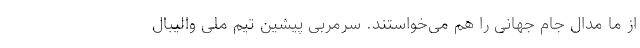
از ما مدال جام جهانی را هم می‌خواستند. سرمربی پیشین تیم ملی والیبال